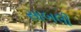
સાબલી